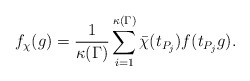
\begin{align*}f_{\chi}(g)=\frac{1}{\kappa(\Gamma)}\sum_{i=1}^{\kappa(\Gamma)}\bar{\chi}(t_{P_j})f(t_{P_j}g).\end{align*}